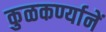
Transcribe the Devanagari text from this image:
कुळकर्ण्यानें